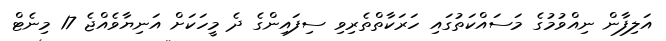
އަލިފާން ނިއްވުމުގެ މަސައްކަތުގައި ހަރަކާތްތެރިވި ސިފައިންގެ ދެ މީހަކަށް އަނިޔާވެއްޖެ 17 މިނެޓް